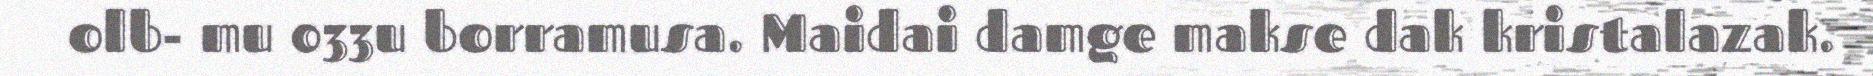
olb- mu 033u borramusa. Maidai damge makse dak kristalazak.